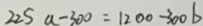
2 2 5 a - 3 0 0 = 1 2 0 0 - 3 0 0 b